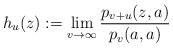
LaTeX: \begin{align*}h_u(z) := \lim_{v \to \infty} \frac{p_{v+u}(z,a)}{p_v(a,a)}\end{align*}